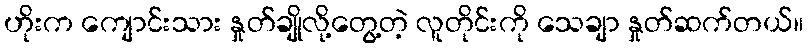
ဟိုးက ကျောင်းသား နှုတ်ချိုလို့တွေ့တဲ့ လူတိုင်းကို သေချာ နှုတ်ဆက်တယ်။